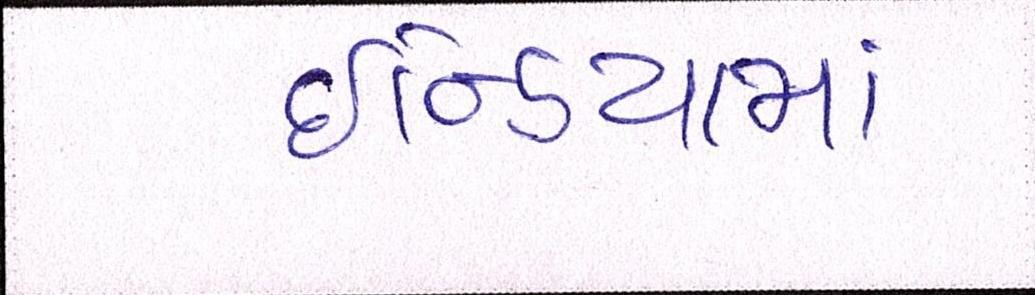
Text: ઇન્ડિયામાં